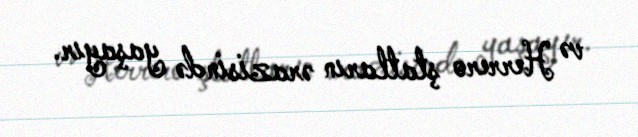
və Herrero ştatların ərazisində yaşayır.